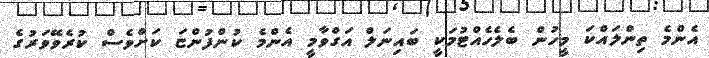
އެންމެ ތިންލައްކަ މީހުން ބެލެހެއްޓުމަކީ ބައިނަލް އަގްވާމީ އެންމެ ކުންފުންޏަ ކަށްވެސް ކުރެވޭވަރުގެ